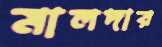
মালদার